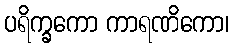
ပရိက္ခကော ကာရဏိကော၊